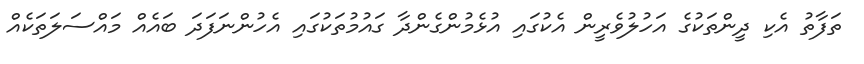
ތަފާތު އެކި ދީންތަކުގެ އަހުލުވެރީން އެކުގައި އުޅެމުންގެންދާ ގައުމުތަކުގައި އެހުންނަފަދަ ބައެއް މައްސަލަތަކެއް